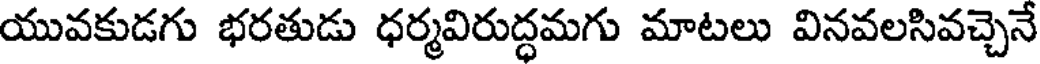
యువకుడగు భరతుడు ధర్మవిరుద్ధమగు మాటలు వినవలసివచ్చెనే